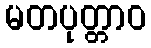
မတပုတ္တာဝ